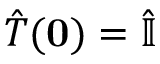
{ \hat { T } } ( \mathbf { 0 } ) = { \hat { \mathbb { I } } }